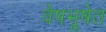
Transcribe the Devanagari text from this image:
वेषभूषेत